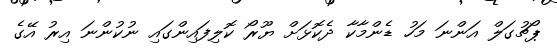
ޕޯޗުގަލް އަންނަ މަހު ޑެންމާކާ ދެކޮޅަށް ޔޫރޯ ކޮލިފައިންގައި ނުކުންނަ އިރު އޭގެ